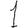
Digit: 1